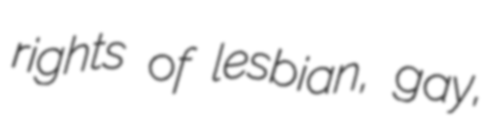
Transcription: rights of lesbian, gay,